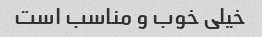
خیلی خوب و مناسب است